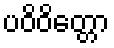
ပဝိဝိတ္တော